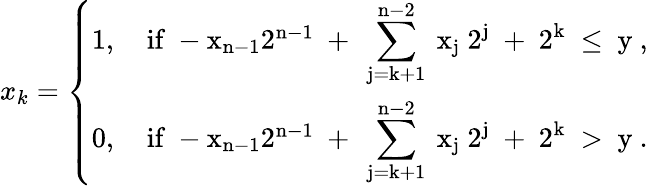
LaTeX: x_{k}=\left\{ \begin{array}{ll}{1,\quad\mathrm{if~-x_{n-1}2^{n-1}~+~\displaystyle\sum_{j=k+1}^{n-2}~x_j~2^j~+~2^k~\leq~y~},}\\ {0,\quad\mathrm{if~-x_{n-1}2^{n-1}~+~\displaystyle\sum_{j=k+1}^{n-2}~x_j~2^j~+~2^k~>~y~}.}\end{array}\right.